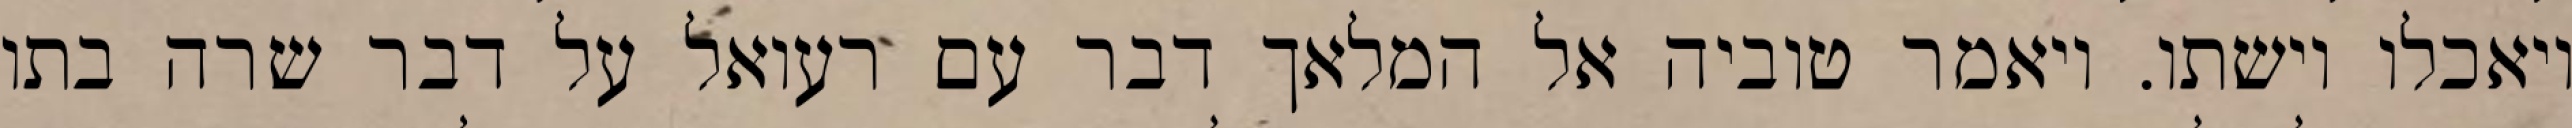
ויאכלו וישתו. ויאמר טוביה אל המלאך דבר עם רעואל על דבר שרה בתו